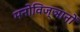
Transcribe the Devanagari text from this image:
मनोविज्ञानों